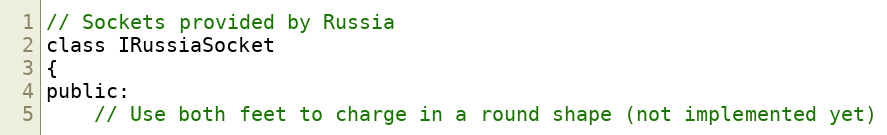
Language: C
// Sockets provided by Russia
class IRussiaSocket
{
public:
    // Use both feet to charge in a round shape (not implemented yet)